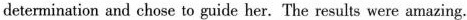
deternination and chose to guide her. The results were amazing.